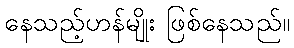
နေသည့်ဟန်မျိုး ဖြစ်နေသည်။